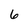
Character: 6